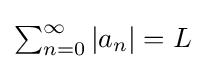
\textstyle \sum _{n=0}^{\infty }\left|a_{n}\right|=L